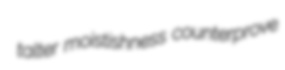
talter moistishness counterprove